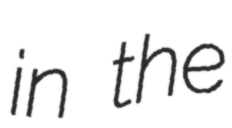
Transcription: in the